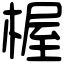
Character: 楃